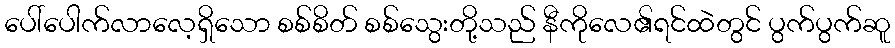
ပေါ်ပေါက်လာလေ့ရှိသော စစ်စိတ် စစ်သွေးတို့သည် နီကိုလေ၏ရင်ထဲတွင် ပွက်ပွက်ဆူ